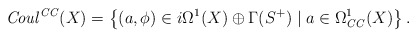
\begin{align*}\mathit{Coul}^\mathit{CC}(X) = \left\{ (a , \phi ) \in i \Omega^1 (X) \oplus \Gamma (S^+) \; | \; a \in\Omega^1_\mathit{CC} (X) \right\}. \end{align*}